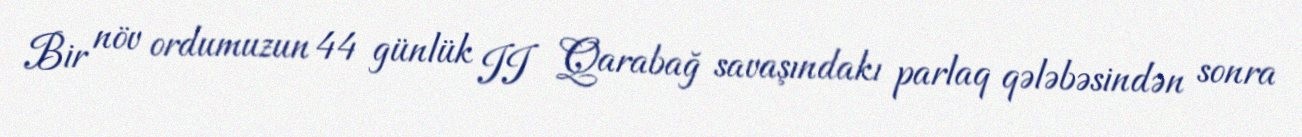
Bir növ ordumuzun 44 günlük II Qarabağ savaşındakı parlaq qələbəsindən sonra